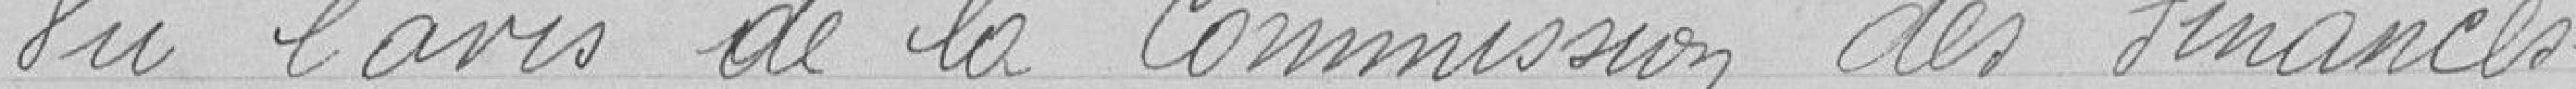
Vu l'avis de la Commission des Finances